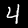
Digit: 4